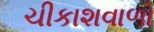
ચીકાશવાળો